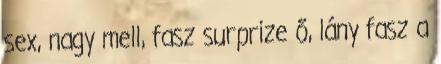
sex, nagy mell, fasz surprize ő, lány fasz a